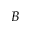
B